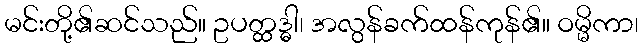
မင်းတို့၏ဆင်သည်။ ဥပတ္ထဒ္ဓါ၊ အလွန်ခက်ထန်ကုန်၏။ ဝမ္မိကာ၊